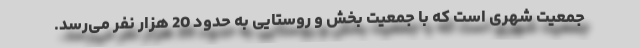
جمعیت شهری است که با جمعیت بخش و روستایی به حدود 20 هزار نفر می‌رسد.